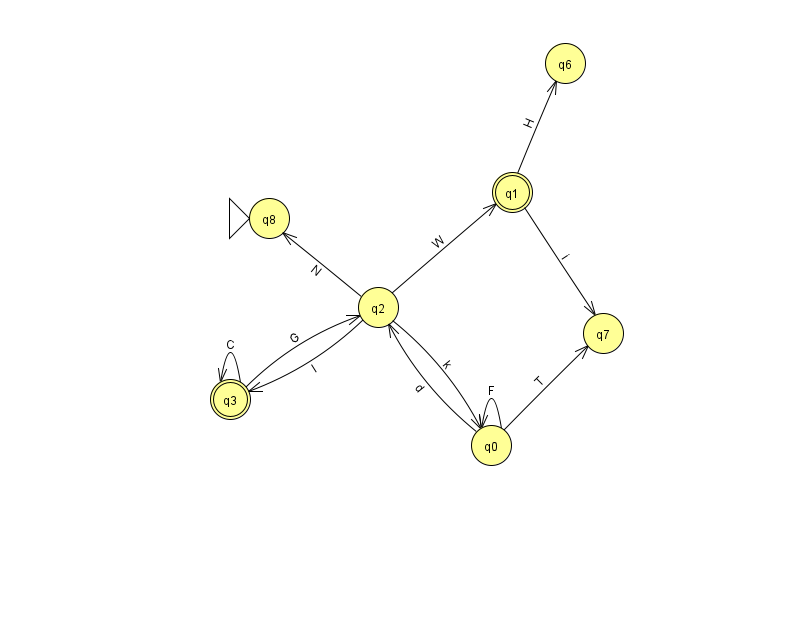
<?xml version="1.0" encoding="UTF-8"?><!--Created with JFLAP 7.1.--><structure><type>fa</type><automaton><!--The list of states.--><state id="0" name="q0"><x>491.0</x><y>432.0</y></state><state id="1" name="q1"><x>512.0</x><y>179.0</y><final/></state><state id="2" name="q2"><x>378.0</x><y>294.0</y></state><state id="3" name="q3"><x>230.0</x><y>386.0</y><final/></state><state id="6" name="q6"><x>565.0</x><y>50.0</y></state><state id="7" name="q7"><x>603.0</x><y>320.0</y></state><state id="8" name="q8"><x>269.0</x><y>205.0</y><initial/></state><!--The list of transitions.--><transition><from>2</from><to>3</to><read>I</read></transition><transition><from>2</from><to>8</to><read>N</read></transition><transition><from>3</from><to>3</to><read>C</read></transition><transition><from>1</from><to>7</to><read>i</read></transition><transition><from>2</from><to>1</to><read>W</read></transition><transition><from>0</from><to>2</to><read>d</read></transition><transition><from>0</from><to>0</to><read>F</read></transition><transition><from>2</from><to>0</to><read>k</read></transition><transition><from>0</from><to>7</to><read>T</read></transition><transition><from>1</from><to>6</to><read>H</read></transition><transition><from>3</from><to>2</to><read>G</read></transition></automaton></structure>